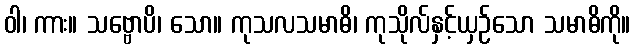
ဝါ၊ ကား။ သဗ္ဗောပိ၊ သော။ ကုသလသမာဓိ၊ ကုသိုလ်နှင့်ယှဉ်သော သမာဓိကို။